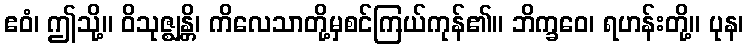
ဧဝံ၊ ဤသို့။ ဝိသုဇ္ဈန္တိ၊ ကိလေသာတို့မှစင်ကြယ်ကုန်၏။ ဘိက္ခဝေ၊ ရဟန်းတို့။ ပုန၊